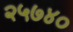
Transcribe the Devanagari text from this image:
२५७४०